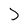
Character: D